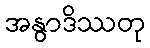
အနွာဒိဿတု